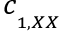
c _ { _ { _ { 1 , X X } } }